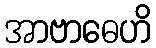
အာဗာဓေဟိ